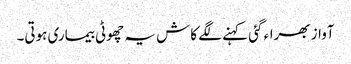
آواز بھراء گئی کہنے لگے کاش یہ چھوٹی بیماری ہوتی۔